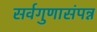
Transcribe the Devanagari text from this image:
सर्वगुणासंपन्न